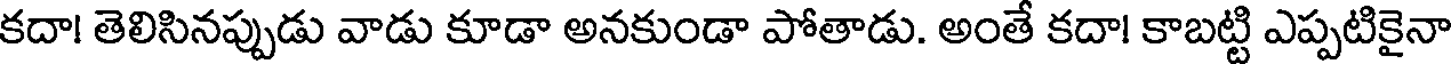
కదా! తెలిసినప్పుడు వాడు కూడా అనకుండా పోతాడు. అంతే కదా! కాబట్టి ఎప్పటికైనా